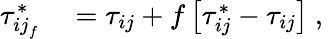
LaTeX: \begin{array}{rl}{\tau_{{ij}_{f}}^{*}}&{{}=\tau_{ij}+f\left[\tau_{ij}^{*}-\tau_{ij}\right]\mathrm{~,~}}\end{array}